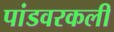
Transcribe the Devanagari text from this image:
पांडवरकली